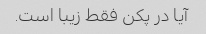
آیا در پکن فقط زیبا است.